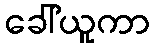
ခေါ်ယူကာ